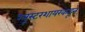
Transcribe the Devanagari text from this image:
ग्लूस्टरशायरकडून